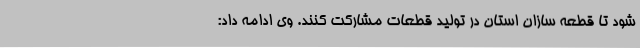
شود تا قطعه سازان استان در تولید قطعات مشارکت کنند. وی ادامه داد: